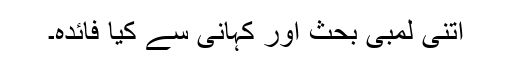
اتنی لمبی بحث اور کہانی سے کیا فائدہ۔